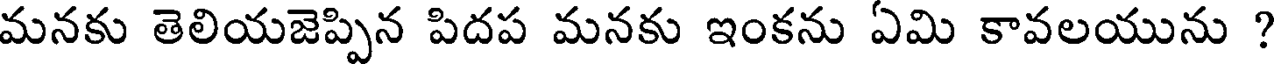
మనకు తెలియజెప్పిన పిదప మనకు ఇంకను ఏమి కావలయును ?